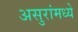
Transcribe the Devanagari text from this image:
असुरांमध्ये